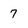
Character: 7